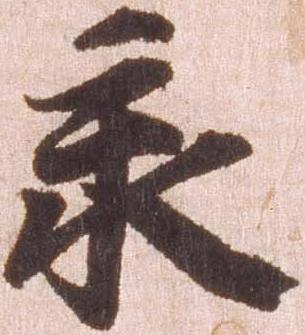
承